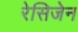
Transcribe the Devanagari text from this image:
रेसिजेन